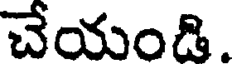
చేయండి.